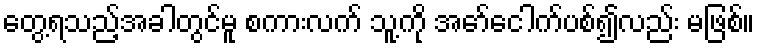
တွေ့ရသည့်အခါတွင်မူ စကားလက် သူ့ကို အော်ငေါက်ပစ်၍လည်း မဖြစ်။